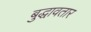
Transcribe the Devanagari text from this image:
बुद्धावतार